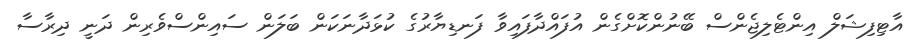
އާޓިފިޝަލް އިންޓެލިޖެންސް ބޭނުންކޮށްގެން އުފައްދާފައިވާ ފަނޑިޔާރުގެ ކުޅަދާނަކަން ބަލަން ސައިންސްވެރިން ދަނީ ދިރާސާ